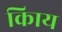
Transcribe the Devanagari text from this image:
किाय